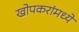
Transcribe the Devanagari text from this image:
खोपकरांमध्ये